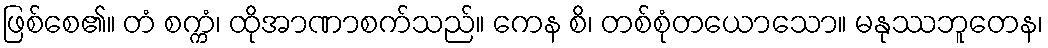
ဖြစ်စေ၏။ တံ စက္ကံ၊ ထိုအာဏာစက်သည်။ ကေန စိ၊ တစ်စုံတယောသော။ မနုဿဘူတေန၊